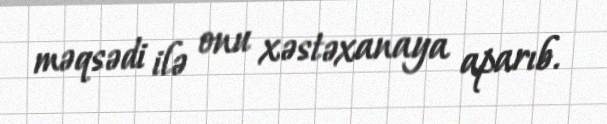
məqsədi ilə onu xəstəxanaya aparıb.